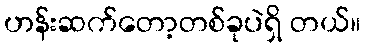
ဟန်းဆက်တော့တစ်ခုပဲရှိ တယ်။